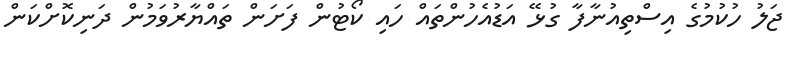
ޖަލު ހުކުމުގެ އިސްތިއުނާފާ ގުޅޭ އަޑުއެހުންތައް ހައި ކޯޓުން ފަށަން ތައްޔާރުވަމުން ދަނިކޮށްކަން